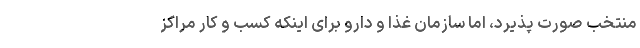
منتخب صورت پذیرد، اما سازمان غذا و دارو برای اینکه کسب و کار مراکز